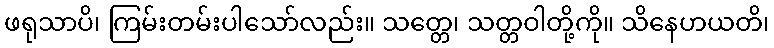
ဖရုသာပိ၊ ကြမ်းတမ်းပါသော်လည်း။ သတ္တေ၊ သတ္တဝါတို့ကို။ သိနေဟယတိ၊